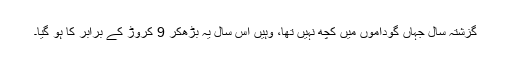
گزشتہ سال جہاں گوداموں میں کچھ نہیں تھا، وہیں اس سال یہ بڑھ‌کر 9 کروڑ کے برابر کا ہو گیا۔